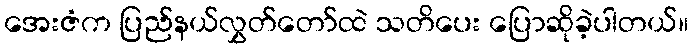
အေးဇံက ပြည်နယ်လွှတ်တော်ထဲ သတိပေး ပြောဆိုခဲ့ပါတယ်။